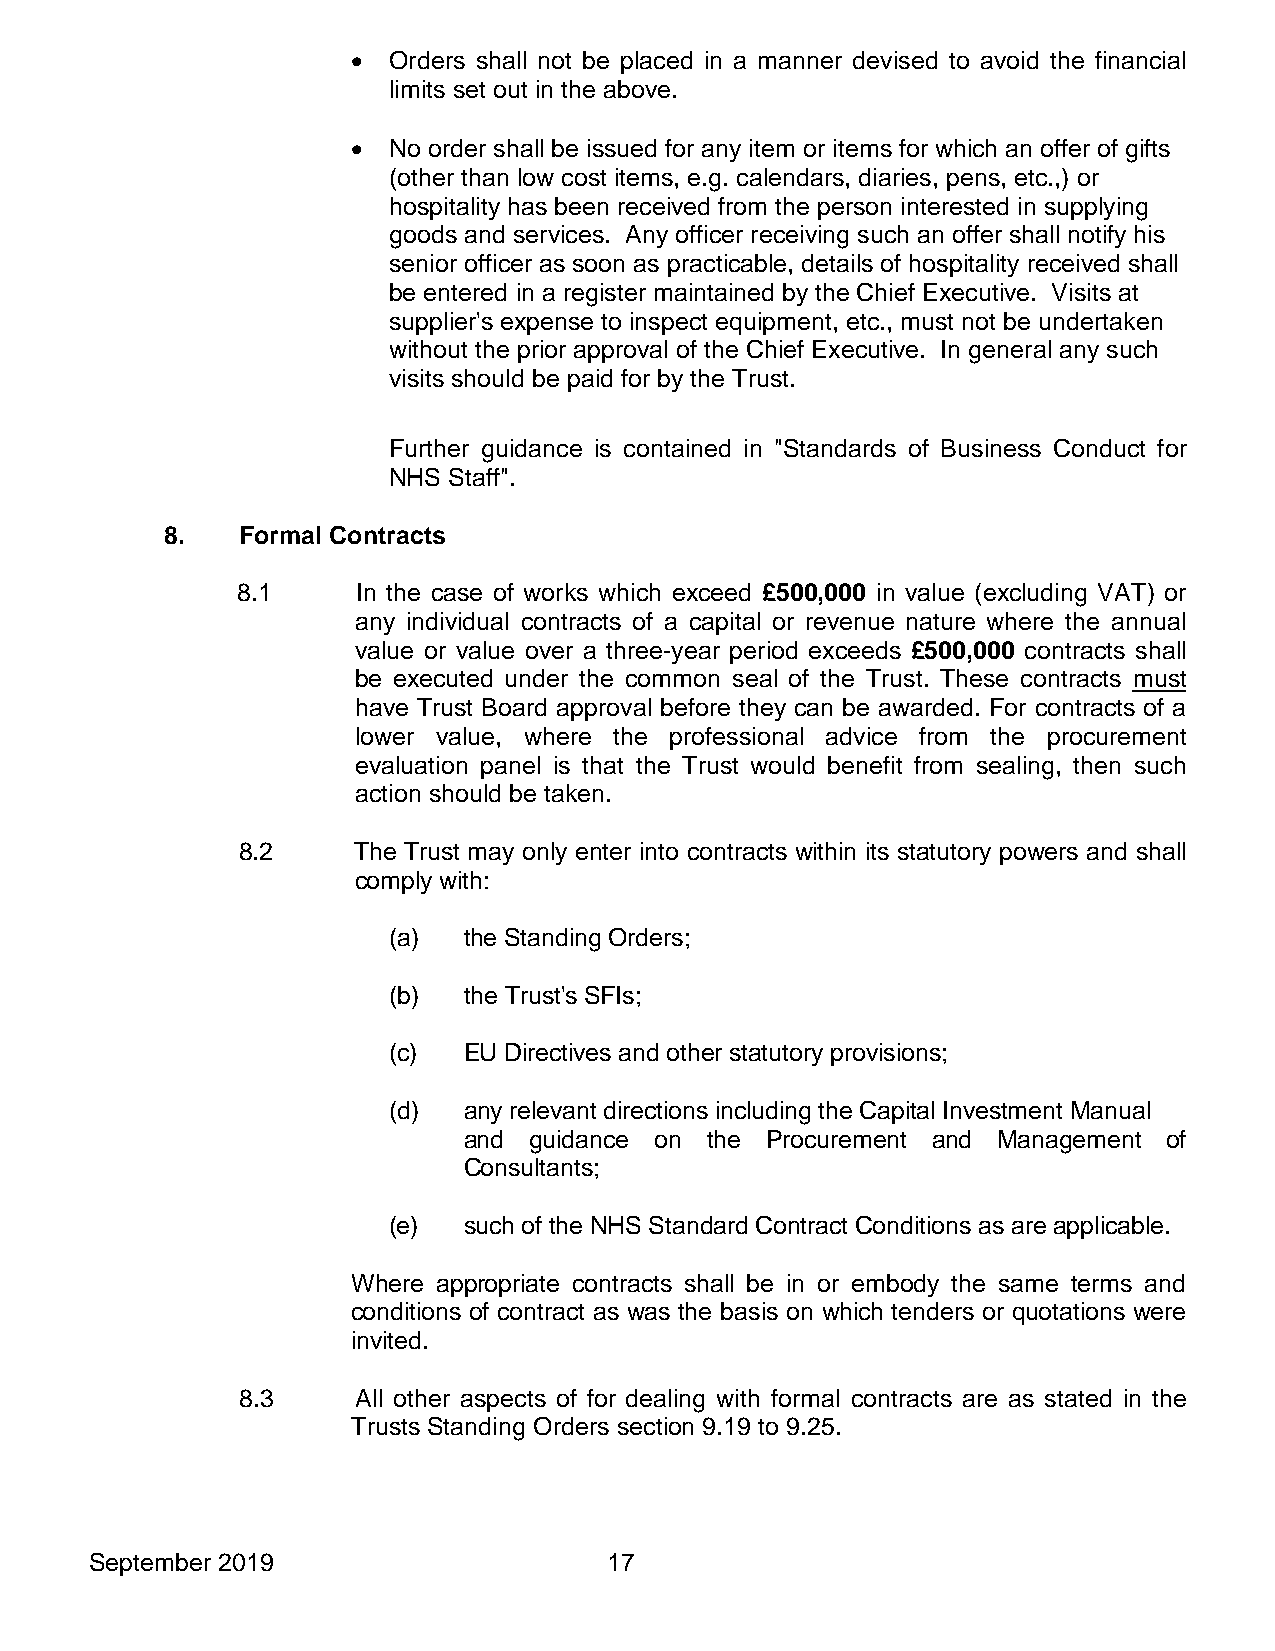
•  Orders shall not be placed in a manner devised to avoid the financial
 limits set out in the above.
 •  No order shall be issued for any item or items for which an offer of gifts
 (other than low cost items, e.g. calendars, diaries, pens, etc.,) or
 hospitality has been received from the person interested in supplying
 goods and services. Any officer receiving such an offer shall notify his
 senior officer as soon as practicable, details of hospitality received shall
 be entered in a register maintained by the Chief Executive. Visits at
 supplier's expense to inspect equipment, etc., must not be undertaken
 without the prior approval of the Chief Executive. In general any such
 visits should be paid for by the Trust.
 Further guidance is contained in "Standards of Business Conduct for
 NHS Staff".
 8.   Formal Contracts
 8.1     In the case of works which exceed £500,000 in value (excluding VAT) or
 any individual contracts of a capital or revenue nature where the annual
 value or value over a three-year period exceeds £500,000 contracts shall
 be executed under the common seal of the Trust. These contracts must
 have Trust Board approval before they can be awarded. For contracts of a
 lower value, where the professional advice from the procurement
 evaluation panel is that the Trust would benefit from sealing, then such
 action should be taken.
 8.2    The Trust may only enter into contracts within its statutory powers and shall
 comply with:
 (a)  the Standing Orders;
 (b)  the Trust's SFIs;
 (c)  EU Directives and other statutory provisions;
 (d)  any relevant directions including the Capital Investment Manual
 and guidance on the Procurement and Management of
 Consultants;
 (e)  such of the NHS Standard Contract Conditions as are applicable.
 Where appropriate contracts shall be in or embody the same terms and
 conditions of contract as was the basis on which tenders or quotations were
 invited.
 8.3     All other aspects of for dealing with formal contracts are as stated in the
 Trusts Standing Orders section 9.19 to 9.25.
 September 2019                    17